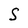
Character: S